Annual report on the working of the mental hospitals in the Madras Presidency - 1912-1932
Year: 1912
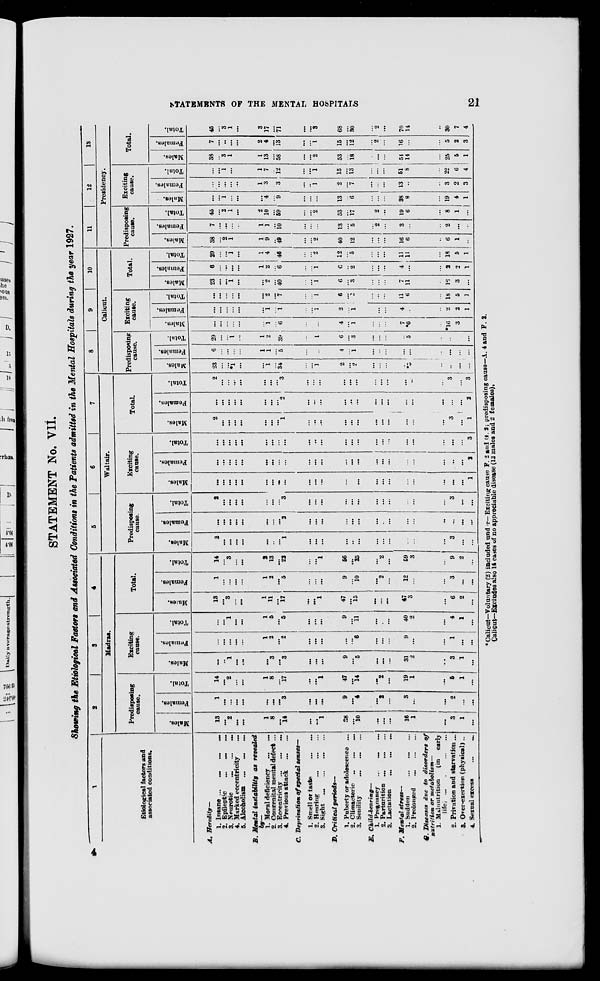
STATEMENTS OF THE MENTAL HOSPITALS
21
STATEMENT No. VII.
Showing the Etiological Factors and Associated Conditions in the Patients admitted in the Mental Hospitals during the year 1927.
1
Etiological factors and
associated conditions.
A.
B.
C.
D.
E.
F.
G.
Heredity—
1. Insane ...
...
...
...
2. Epileptic
... ... ...
3. Neurotic
...
...
...
4. Marked eccentricity ...
5. Alcoholism ... ... ...
Mental instability
as revealed
by—
1. Moral deficiency ... ...
2. Congenital mental defect ...
3. Eccentricity ... ... ...
4. Previous attack
...
...
Deprivation of special senses—
1. Smell or taste ... ...
2. Hearing
...
...
...
3. Sight ...
...
...
...
Critical
periods—
1. Puberty or adolescence ...
2. Climacteric
...
...
...
3. Senility
...
... ...
Child-bearing—
1. Pregnancy
... ... ...
2. Parturition
...
...
...
3. Lactation ... ... ...
Mental stress—
1. Sudden
...
...
...
2. Prolonged
...
...
...
Diseases due to disorders of
nutrition or metabolism—
1. Malnutrition
(in early
life
...
...
...
...
2. Privation and starvation ...
3. Over-exertion (physical) ...
4. Sexual excess
...
...
2
3
4
Madras.
Predisposing
cause.
Males.
13
...
2
...
...
1
8
...
14
...
...
1
38
...
10
...
...
...
16
1
...
3
1
...
Females.
1
...
...
...
...
...
...
...
3
...
...
...
9
...
4
...
2
...
3
...
...
2
...
...
Total.
14
...
2
...
...
1
8
...
17
...
...
1
47
...
14
...
2
...
19
1
...
5
1
...
Exciting
cause.
Males.
...
...
1
...
...
...
3
...
3
...
...
...
9
...
5
...
...
...
31
2
...
3
1
...
Females.
...
...
...
...
...
1
2
...
2
...
...
...
...
...
6
...
...
...
9
...
...
1
...
...
Total.
...
...
1
...
...
1
5
...
5
...
...
...
9
...
11
...
...
...
40
2
...
4
1
...
Total.
Males.
13
...
3
...
...
1
11
...
17
...
...
1
47
...
15
...
...
...
47
3
...
6
2
...
Females.
1
...
...
...
...
1
2
...
5
...
...
...
9
...
10
...
2
...
12
...
...
3
...
...
Total.
14
...
3
...
...
2
13
...
22
...
...
1
56
...
25
...
2
...
59
3
...
9
2
...
5
6
7
Waltair.
Predisposing
cause.
Males.
2
...
...
...
...
...
...
...
1
...
...
...
...
...
...
...
...
...
...
...
...
3
...
...
Females.
...
...
...
...
...
...
...
...
2
...
...
...
...
...
...
...
...
...
...
...
...
...
...
...
Total.
2
...
...
...
...
...
...
...
3
...
...
...
...
...
...
...
...
...
...
...
...
3
...
...
Exciting
cause.
Males.
...
...
...
...
...
...
...
...
...
...
...
...
...
...
...
...
...
...
...
...
...
...
...
1
Females.
...
...
...
...
...
...
...
...
...
...
...
...
...
...
...
...
...
...
...
...
...
...
...
2
Total.
...
...
...
...
...
...
...
...
...
...
...
...
...
...
...
...
...
...
...
...
...
...
...
3
Total.
Males.
2
...
...
...
...
...
...
...
1
...
...
...
...
...
...
...
...
...
...
...
...
3
...
1
Females.
...
...
...
...
...
...
...
...
2
...
...
...
...
...
...
...
...
...
...
...
...
...
...
2
Total.
2
...
...
...
...
...
...
...
3
...
...
...
...
...
...
...
...
...
...
...
...
3
...
3
8
9
10
Calicut.
Predisposing
cause.
Males.
23
...
...
*1
...
...
1
...
34
...
...
1
2
...
2
...
...
...
...
*5
...
...
...
...
Females.
6
...
...
...
...
1
1
...
5
...
...
...
4
...
1
...
...
...
...
...
...
...
...
...
Total.
29
...
...
1
...
1
2
...
39
...
...
1
6
...
3
...
...
...
...
5
...
...
...
...
Exciting
cause.
Males.
...
...
...
...
...
...
1
...
6
...
...
...
4
...
1
...
...
...
7
*6
...
*16
3
...
Females.
...
...
...
...
...
...
1
...
1
...
...
1
2
...
1
...
...
...
4
...
...
2
2
1
Total.
...
...
...
...
...
...
2
...
7
...
...
1
6
...
2
...
...
...
11
6
...
18
5
1
Total.
Males.
23
...
...
1
...
...
2
...
40
...
...
1
6
...
3
...
...
...
7
11
...
16
3
...
Females.
6
...
...
...
...
1
2
...
6
...
...
1
6
...
2
...
...
...
4
...
...
2
2
1
Total.
29
...
...
1
...
1
4
...
46
...
...
2
12
...
5
...
...
...
11
11
...
18
5
1
11
12
13
Presidency.
Predisposing
cause.
Males.
38
...
2
1
...
1
9
...
49
...
...
2
40
...
12
...
...
...
16
6
...
6
1
...
Females.
7
...
...
...
...
1
1
...
10
...
...
...
13
...
5
...
2
...
3
...
...
2
...
...
Total.
45
...
2
1
...
2
10
...
59
...
...
2
53
...
17
...
2
...
19
6
...
8
1
...
Exciting
cause.
Males.
...
...
1
...
...
...
4
...
9
...
...
...
13
...
6
...
...
...
38
8
...
19
4
1
Females.
...
...
...
...
...
1
3
...
3
...
...
1
2
...
7
...
...
...
13
...
...
3
2
3
Total.
...
...
1
...
...
1
7
...
12
...
...
1
15
...
13
...
...
...
51
8
...
22
6
4
Total.
Males.
38
...
3
1
...
1
13
...
58
...
...
2
53
...
18
...
...
...
54
14
...
25
5
1
Females.
7
...
...
...
...
2
4
...
13
...
...
1
15
...
12
...
2
...
16
...
...
5
2
3
Total.
45
...
3
1
...
3
17
...
71
...
...
3
68
...
30
...
2
...
70
14
...
30
7
4
*Calicut—Voluntary (2) included under-Exciting cause F. 2 and G. 2 ; predisposing cause-A. 4 and F. 2.
Calicut—Excludes also 14 cases of no appreciable disease (12 males and 2 females).
4